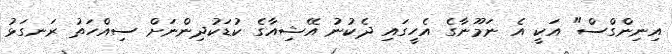
އިނިންގްސް" އަކީ އެ ނަމޫނާގެ އެހީގައި ދެކުނު އޭޝިއާގެ ކުޑަކުދިންނަށް ސިއްހަތު ރަނގަޅު